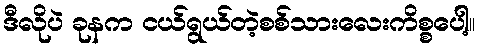
ဒီလိုပဲ ခုနက ငယ်ရွယ်တဲ့စစ်သားလေးကိစ္စပေါ့။